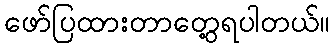
ဖော်ပြထားတာတွေ့ရပါတယ်။